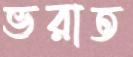
ভরাত